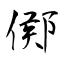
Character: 鄇